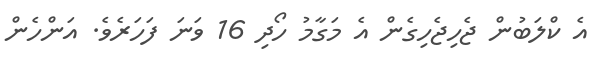
އެ ކްލަބުން ޖެހިޖެހިގެން އެ މަގާމު ހޯދި 16 ވަނަ ފަހަރެވެ. އަންހެން